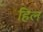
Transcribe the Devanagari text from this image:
हिल